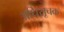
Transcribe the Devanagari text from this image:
अधिसूचक